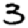
Digit: 3